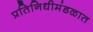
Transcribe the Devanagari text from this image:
प्रतिनिधीमंडळात